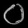
Digit: ၀